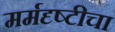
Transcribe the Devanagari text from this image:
मर्मदृष्टीचा